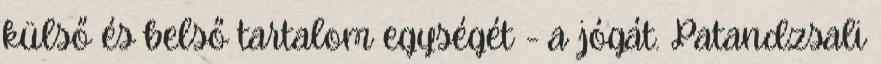
külső és belső tartalom egységét - a jógát. Patandzsali